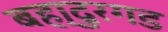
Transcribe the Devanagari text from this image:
बहा्दुरगड